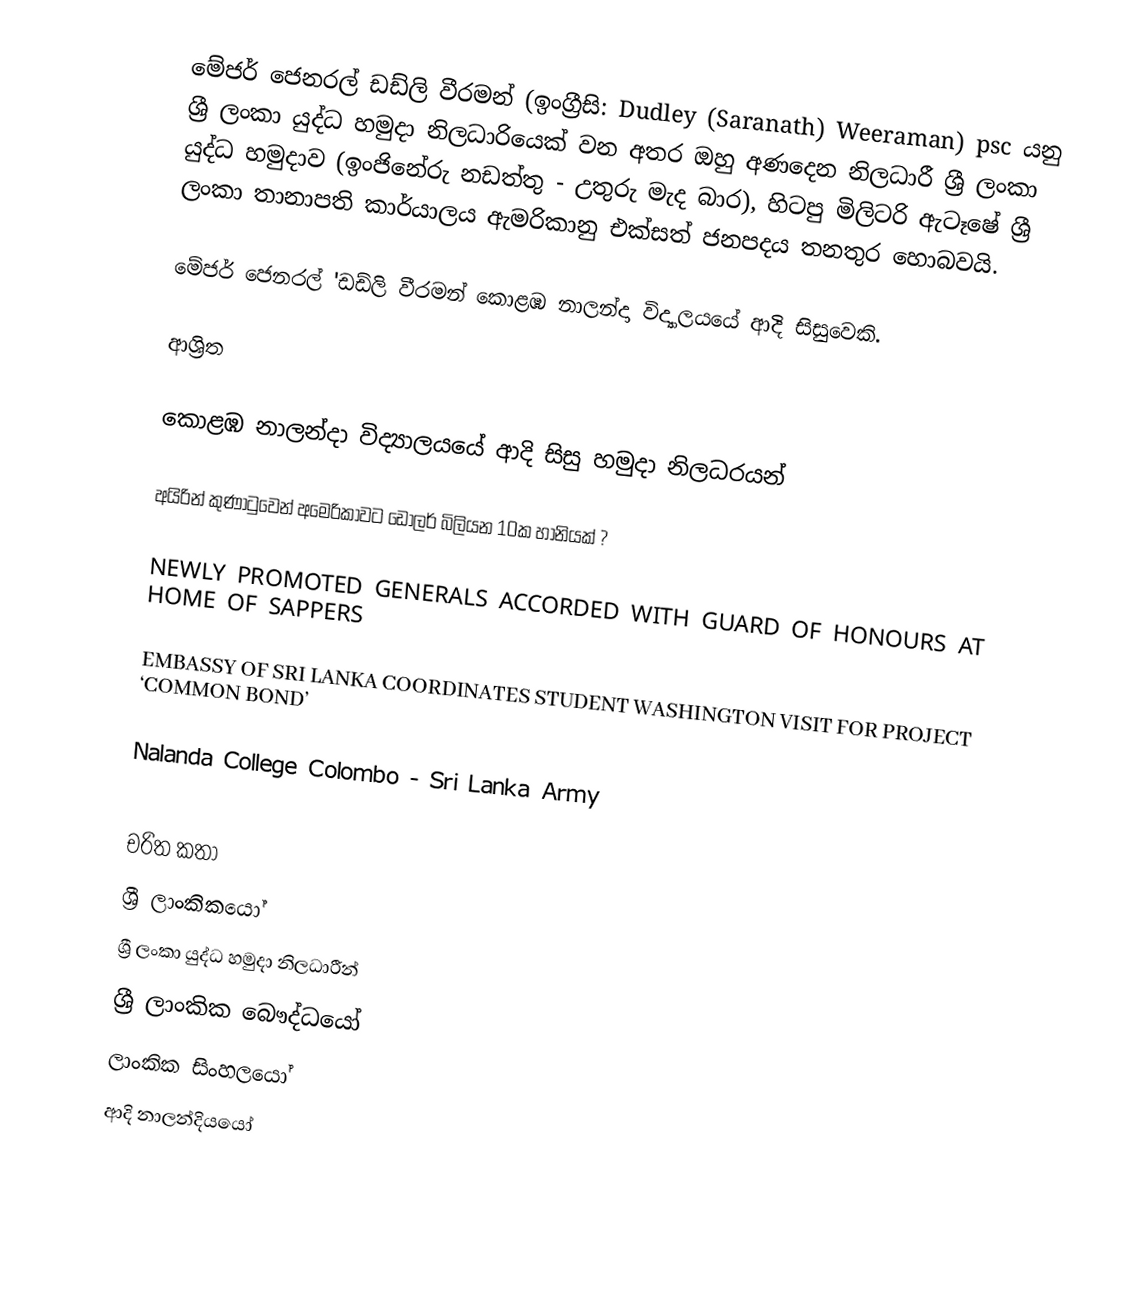
මේජර් ජෙනරල් ඩඩ්ලි වීරමන් (ඉංග්‍රීසි: Dudley (Saranath) Weeraman) psc යනු  ශ්‍රී ලංකා යුද්ධ හමුදා නිලධාරියෙක් වන අතර ඔහු අණදෙන නිලධාරී ශ්‍රී ලංකා යුද්ධ හමුදාව (ඉංජිනේරු නඩත්තු - උතුරු මැද බාර), හිටපු මිලිටරි ඇටෑෂේ ශ්‍රී ලංකා තානාපති කාර්යාලය ඇමරිකානු එක්සත් ජනපදය තනතුර හොබවයි.

මේජර් ජෙනරල් 'ඩඩ්ලි වීරමන්  කොළඹ නාලන්දා විද්‍යාලයයේ ආදි සිසුවෙකි.

ආශ්‍රිත

 කොළඹ නාලන්දා විද්‍යාලයයේ ආදි සිසු හමුදා නිලධරයන්

 අයිරින් කුණාටුවෙන් අමෙරිකාවට ඩොලර් බිලියන 10ක හානියක් ?

 NEWLY PROMOTED GENERALS ACCORDED WITH GUARD OF HONOURS AT HOME OF SAPPERS

 EMBASSY OF SRI LANKA COORDINATES STUDENT WASHINGTON VISIT FOR PROJECT ‘COMMON BOND’

 Nalanda College Colombo - Sri Lanka Army

චරිත කතා
ශ්‍රී ලාංකිකයෝ
ශ්‍රී ලංකා යුද්ධ හමුදා නිලධාරීන්
ශ්‍රී ලාංකික බෞද්ධයෝ
ලාංකික සිංහලයෝ
ආදි නාලන්දියයෝ